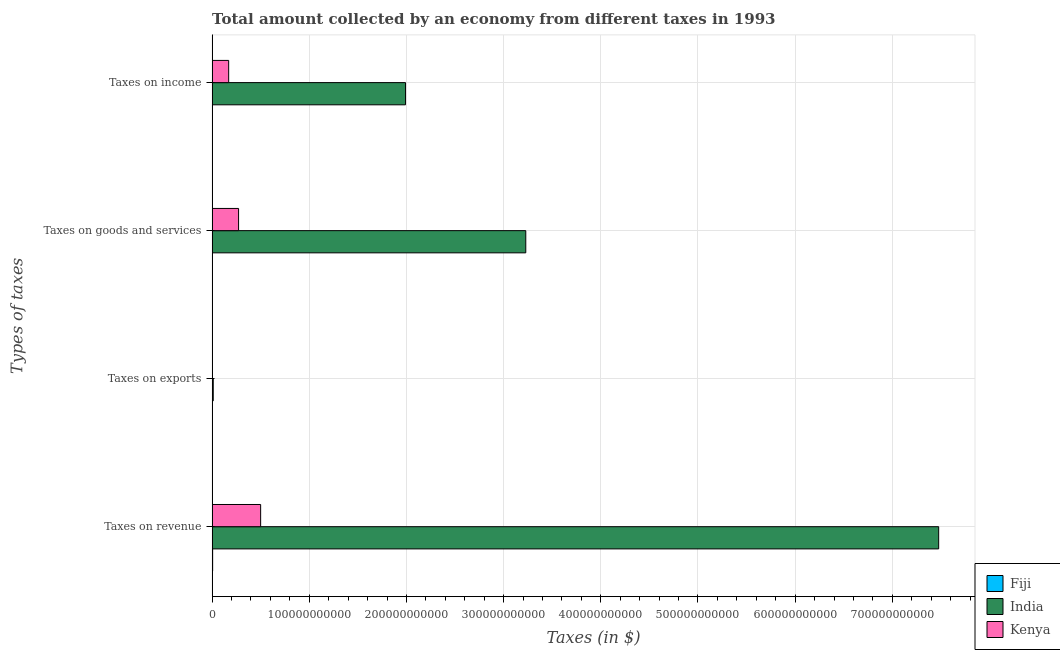
| Types of taxes | Fiji | India | Kenya |
 | --- | --- | --- | --- |
 | Taxes on revenue | 5.4e+08 | 7.48e+11 | 4.99e+10 |
 | Taxes on exports | 9.08e+06 | 1.15e+09 | 1e+06 |
 | Taxes on goods and services | 2.04e+08 | 3.23e+11 | 2.72e+10 |
 | Taxes on income | 1.91e+08 | 1.99e+11 | 1.7e+10 |